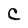
Character: C